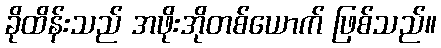
ခိုထိန်းသည် အဖိုးအိုတစ်ယောက် ဖြစ်သည်။